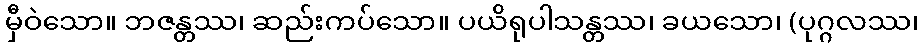
မှီဝဲသော။ ဘဇန္တဿ၊ ဆည်းကပ်သော။ ပယိရုပါသန္တဿ၊ ခယသော၊ (ပုဂ္ဂလဿ၊